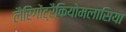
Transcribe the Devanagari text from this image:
लैरिंगोंट्रैकियोमलासिया